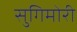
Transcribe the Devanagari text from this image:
सुगिमोरी